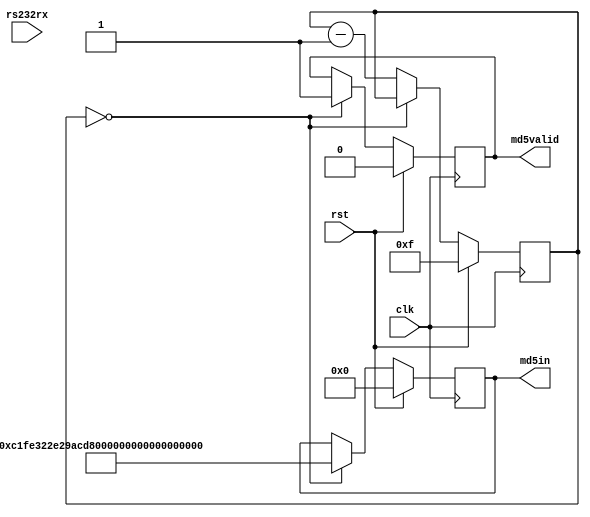
`timescale 1ns / 1ps
//////////////////////////////////////////////////////////////////////////////////
// Company: 
// Engineer: 
// 
// Design Name: 
// Module Name:    dserin 
// Project Name: 
// Target Devices: 
// Tool versions: 
// Description: 
//
// Dependencies: 
//
// Revision: 
// Revision 0.01 - File Created
// Additional Comments: 
//
//////////////////////////////////////////////////////////////////////////////////
module dserin(clk, rst, rs232rx, md5in, md5valid);
    input clk;
    input rst;
    input rs232rx;
    output [127:0] md5in;
    output md5valid;
    reg [127:0] md5in;
    reg md5valid;
	 
	 reg [3:0] delay;
	 
always @(posedge clk)
begin
	if (rst)
	begin
		delay<=4'd15;
		md5in<=128'd0;
		md5valid<=0;
	end
	else
	begin
		if (delay==4'd0)
		begin
			md5in<=128'hc1fe322e29acdbfd712b43b96247e771;
			md5valid<=1;
		end
		else delay<=delay-1;
	end
end

endmodule